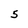
Character: 5